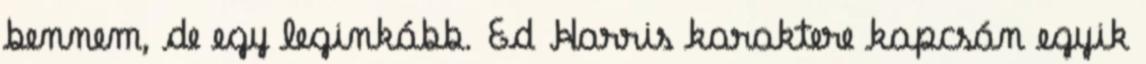
bennem, de egy leginkább. Ed Harris karaktere kapcsán egyik